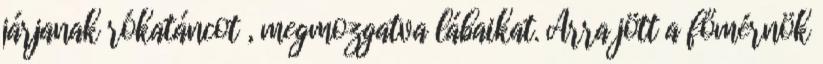
járjanak rókatáncot , megmozgatva lábaikat. Arra jött a főmérnök